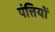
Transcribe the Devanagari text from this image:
पंत्तियों